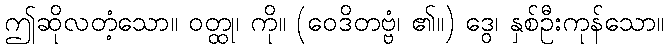
ဤဆိုလတံ့သော။ ဝတ္ထု၊ ကို။ (ဝေဒိတဗ္ဗံ၊ ၏။) ဒွေ၊ နှစ်ဦးကုန်သော။